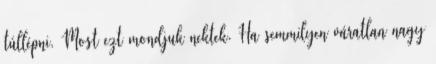
túllépni. Most ezt mondjuk nektek. Ha semmilyen váratlan nagy